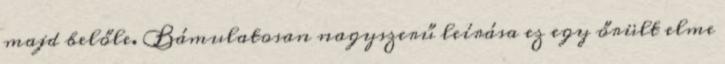
majd belőle. Bámulatosan nagyszerű leírása ez egy őrült elme